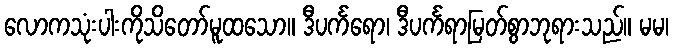
လောကသုံးပါးကိုသိတော်မူထသော။ ဒီပင်္ကရော၊ ဒီပင်္ကရာမြတ်စွာဘုရားသည်။ မမ၊